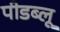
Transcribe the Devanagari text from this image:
पीडब्लू